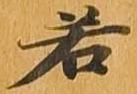
若